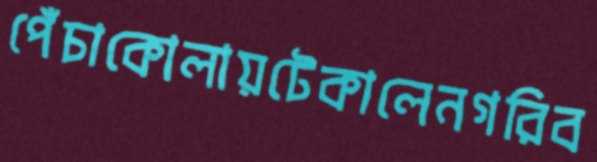
পেঁচাকোলায়টেকালেনগরিব